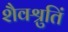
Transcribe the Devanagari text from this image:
शैवश्रुतिं